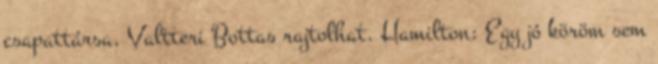
csapattársa, Valtteri Bottas rajtolhat. Hamilton: Egy jó köröm sem